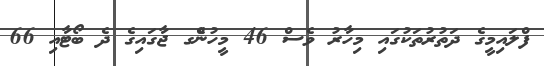
ފްލައިމީގެ ދަތުރުތަކުގައި މިހާރު ވެސް 46 މީހުންެގ ޖާގައިގެ ދެ ބޯޓާއި 66